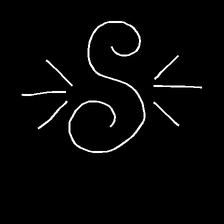
Glyph: wind-directs-air